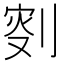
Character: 𠝬